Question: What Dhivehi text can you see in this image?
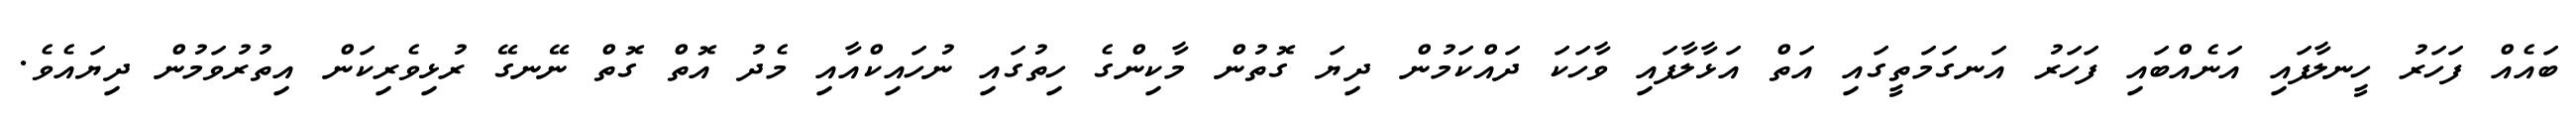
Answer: ބައެއް ފަހަރު ހީނލާފައި އަނެއްބައި ފަހަރު އަނގަމަތީގައި އަތް އަޅާލާފައި ވާހަކަ ދައްކަމުން ދިޔަ ގޮތުން މާކިންގެ ހިތުގައި ނުހައިކްއާއި މެދު އޮތް ގޮތް ނޭނގޭ ރުޅިވެރިކަން އިތުރުވަމުން ދިޔައެވެ.